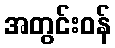
အတွင်းဝန်